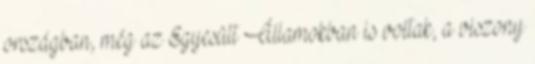
országban, még az Egyesült Államokban is voltak, a viszony